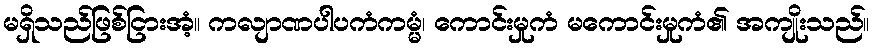
မရှိသည်ဖြစ်ငြားအံ့။ ကလျာဏပါပကံကမ္မံ၊ ကောင်းမှုကံ မကောင်းမှုကံ၏ အကျိုးသည်။